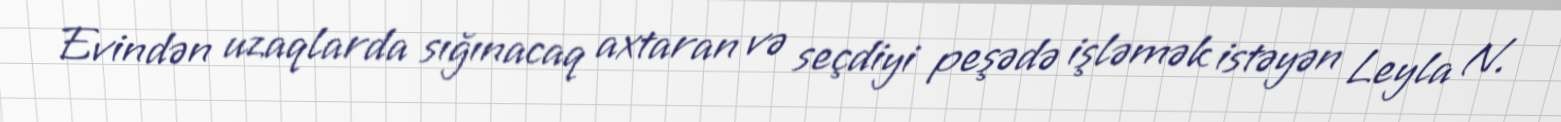
Evindən uzaqlarda sığınacaq axtaran və seçdiyi peşədə işləmək istəyən Leyla N.